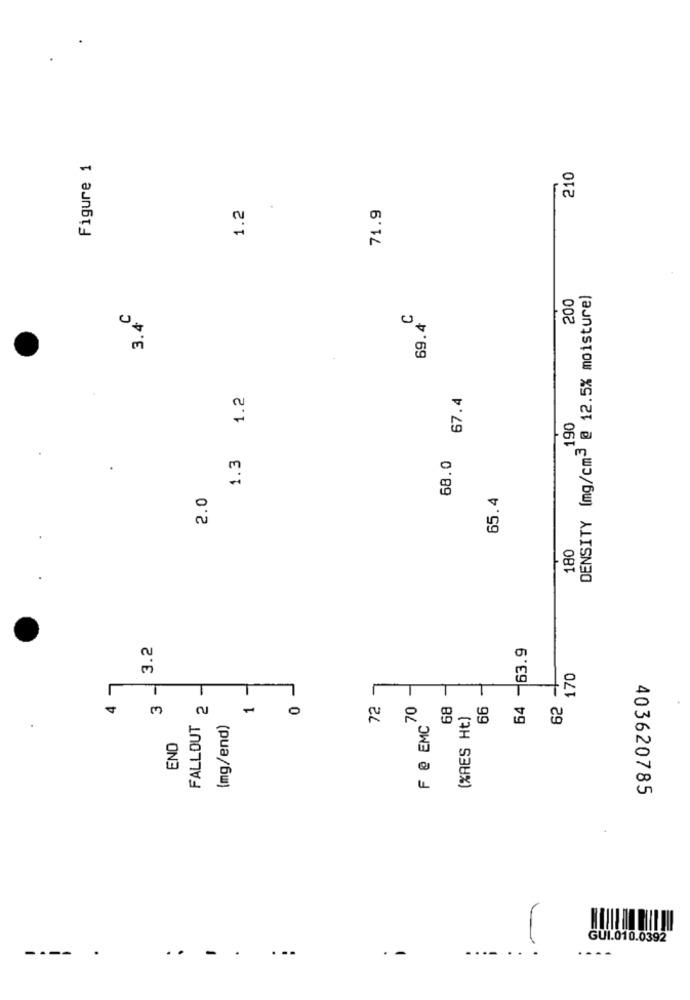
Figure 1
210
1.2
71.9
200
DENSITY (mg/cm3 @ 12.5% moisture)
3.4
69.4
1.3 1.2
67.4
190
68.0
2.0
65.4
180
3.2
64 -63.9
170
L
T
T
T
3
FALLOUT 2
72
70
68
66
62
1
0
(%RES Ht)
{mg/end)
F @ EMC
END
403620785
GUI.010.0392
----
..
-
.
..
-